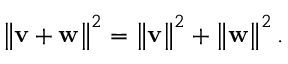
\left\| \mathbf { v } + \mathbf { w } \right\| ^ { 2 } = \left\| \mathbf { v } \right\| ^ { 2 } + \left\| \mathbf { w } \right\| ^ { 2 } .